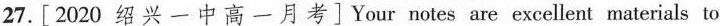
27.[ 2020 绍 兴 一 中 高 一 月 考 ] Your notes are excellent materials to